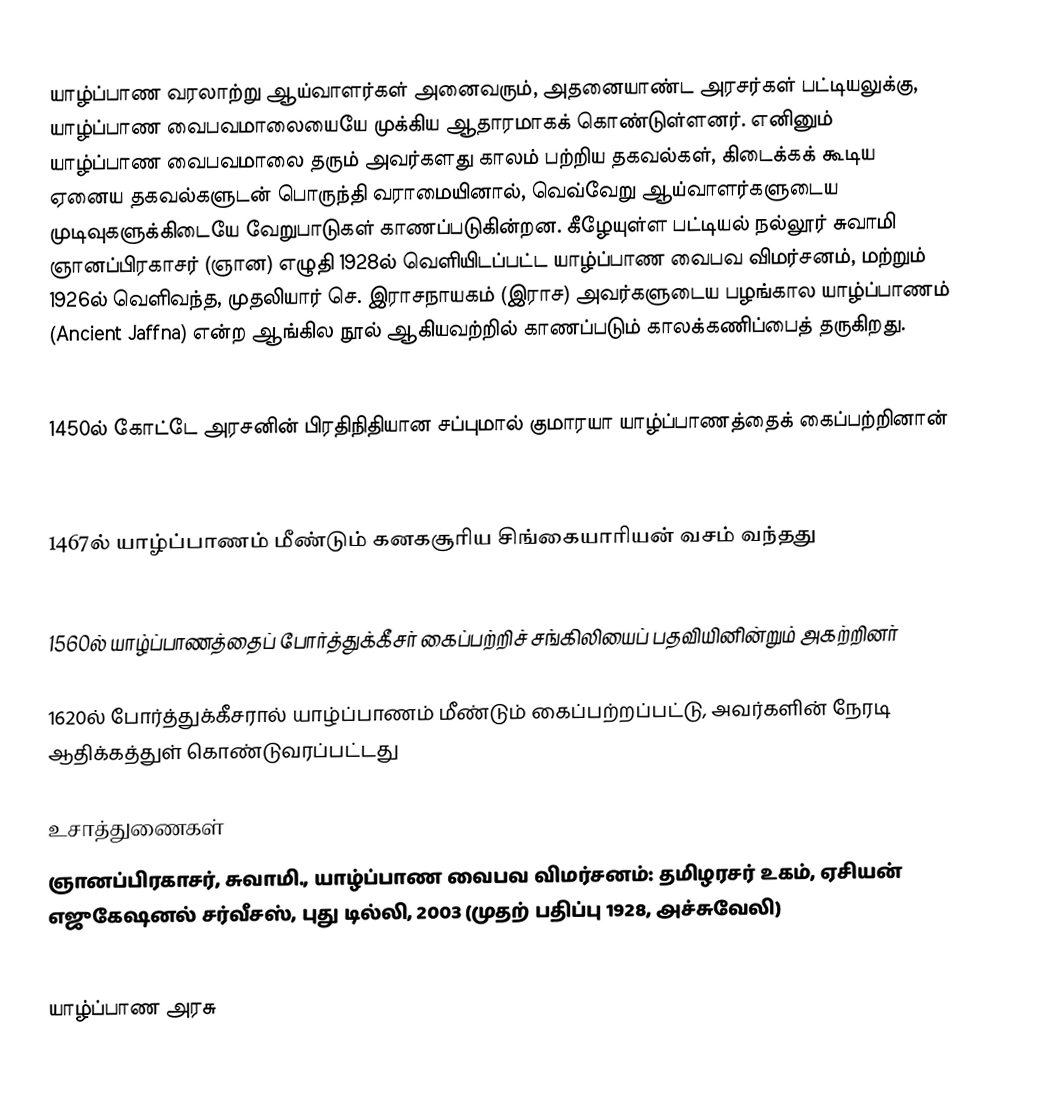
யாழ்ப்பாண வரலாற்று ஆய்வாளர்கள் அனைவரும், அதனையாண்ட அரசர்கள் பட்டியலுக்கு, யாழ்ப்பாண வைபவமாலையையே முக்கிய ஆதாரமாகக் கொண்டுள்ளனர். எனினும் யாழ்ப்பாண வைபவமாலை தரும் அவர்களது காலம் பற்றிய தகவல்கள், கிடைக்கக் கூடிய ஏனைய தகவல்களுடன் பொருந்தி வராமையினால், வெவ்வேறு ஆய்வாளர்களுடைய முடிவுகளுக்கிடையே வேறுபாடுகள் காணப்படுகின்றன. கீழேயுள்ள பட்டியல் நல்லூர் சுவாமி ஞானப்பிரகாசர் (ஞான) எழுதி 1928ல் வெளியிடப்பட்ட யாழ்ப்பாண வைபவ விமர்சனம், மற்றும் 1926ல் வெளிவந்த, முதலியார் செ. இராசநாயகம் (இராச) அவர்களுடைய  பழங்கால யாழ்ப்பாணம் (Ancient Jaffna) என்ற ஆங்கில நூல் ஆகியவற்றில் காணப்படும் காலக்கணிப்பைத் தருகிறது.

1450ல் கோட்டே அரசனின் பிரதிநிதியான சப்புமால் குமாரயா யாழ்ப்பாணத்தைக் கைப்பற்றினான்

1467ல் யாழ்ப்பாணம் மீண்டும் கனகசூரிய சிங்கையாரியன் வசம் வந்தது

1560ல் யாழ்ப்பாணத்தைப் போர்த்துக்கீசர் கைப்பற்றிச் சங்கிலியைப் பதவியினின்றும் அகற்றினர்

1620ல் போர்த்துக்கீசரால் யாழ்ப்பாணம் மீண்டும் கைப்பற்றப்பட்டு, அவர்களின் நேரடி ஆதிக்கத்துள் கொண்டுவரப்பட்டது

உசாத்துணைகள்
 ஞானப்பிரகாசர், சுவாமி., யாழ்ப்பாண வைபவ விமர்சனம்: தமிழரசர் உகம், ஏசியன் எஜுகேஷனல் சர்வீசஸ், புது டில்லி, 2003 (முதற் பதிப்பு 1928, அச்சுவேலி)

யாழ்ப்பாண அரசு